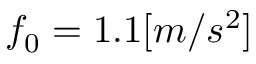
f _ { 0 } = 1 . 1 [ m / s ^ { 2 } ]